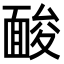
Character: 𩈥